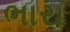
ભારા